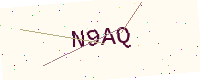
Text: N9AQ